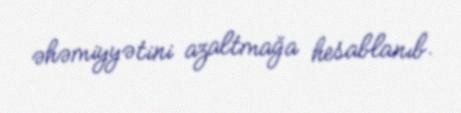
əhəmiyyətini azaltmağa hesablanıb.